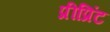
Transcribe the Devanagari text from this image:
प्रीप्रिंट